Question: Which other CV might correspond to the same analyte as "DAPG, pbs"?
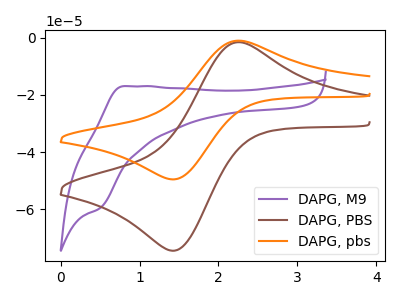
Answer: <think>The purple curve "DAPG, M9" has an anodic peak at (0.80V, -16.95uA) and a cathodic peak at (0.50V, -59.65uA). The brown curve "DAPG, PBS" has an anodic peak at (2.25V, -1.60uA) and a cathodic peak at (1.45V, -74.45uA). The orange curve "DAPG, pbs" has an anodic peak at (2.25V, -1.05uA) and a cathodic peak at (1.45V, -49.50uA).
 "DAPG, M9" and "DAPG, PBS" have at least one peak that do not match. "DAPG, M9" and "DAPG, pbs" have at least one peak that do not match. All the peaks in "DAPG, PBS" have a peak in "DAPG, pbs" at the same potential.</think>
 <answer>The CV with the most similar shape to "DAPG, PBS" is "DAPG, pbs".</answer>
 <eval>"DAPG, pbs"</eval>